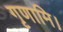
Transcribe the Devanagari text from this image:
गृणामि।